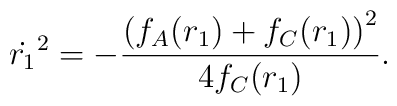
\dot{r_1}^2 = - \frac{\left(f_A(r_1) + f_C(r_1)\right)^2}{4f_C(r_1)}.